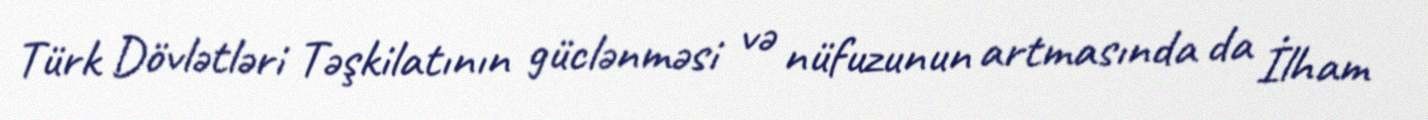
Türk Dövlətləri Təşkilatının güclənməsi və nüfuzunun artmasında da İlham